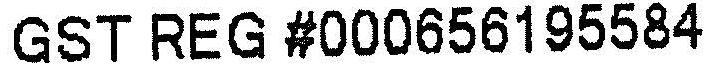
GST REG #000656195584